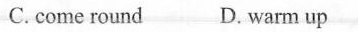
C.come round D. warm up